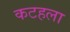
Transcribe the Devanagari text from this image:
कटहला